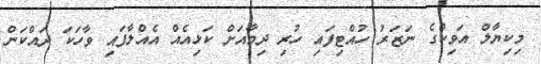
މިކިޔާލް އަވިކްގެ ނަޒަރު ހުއްޓިފައި ހުރި ދިމާއަށް ކަޅިއެއް އެއްލާފައި ވާހަކަ ދައްކަން